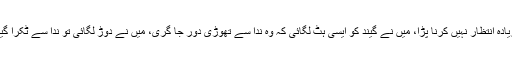
زیادہ انتظار نہیں کرنا پڑا، میں نے گیند کو ایسی ہٹ لگائی کہ وہ ندا سے تھوڑی دور جا گری، میں نے دوڑ لگائی تو ندا سے ٹکرا گیا۔